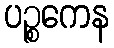
ပဉ္စကေန